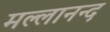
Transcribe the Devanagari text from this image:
मल्लानन्द